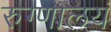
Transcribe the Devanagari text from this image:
रुग्णालयं